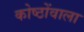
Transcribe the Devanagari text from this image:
कोष्ठोंवाला